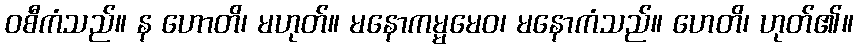
ဝစီကံသည်။ န ဟောတိ၊ မဟုတ်။ မနောကမ္မမေဝ၊ မနောကံသည်။ ဟေတိ၊ ဟုတ်၏။